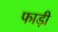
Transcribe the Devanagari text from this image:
फाड़ी